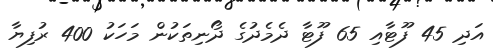
އަދި 45 ފޫޓާއި 65 ފޫޓާ ދެމެދުގެ ދޯނިތަކުން މަހަކު 400 ރުފިޔާ